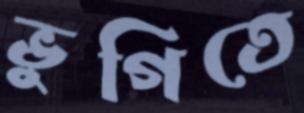
ভুগিতে